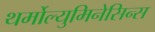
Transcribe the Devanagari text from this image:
थर्मोल्युमिनेसिन्स